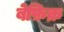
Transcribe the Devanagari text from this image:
बेफ़िक्र